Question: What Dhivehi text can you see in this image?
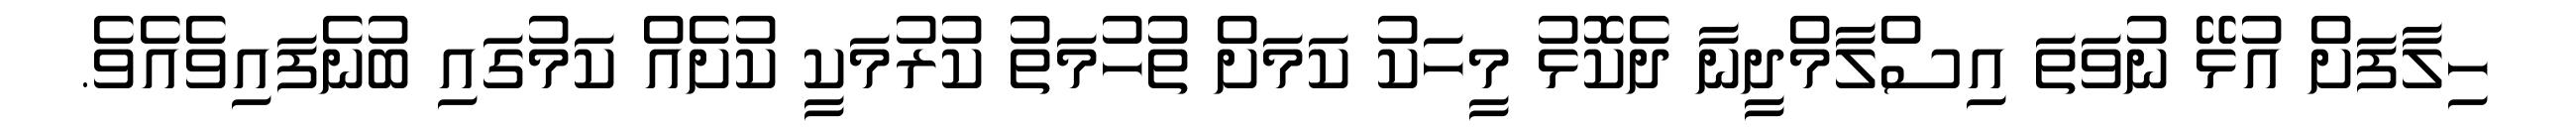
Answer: ހިލާފަށް އުޅޭ ނުވަތަ އިސްލާމްދީނާ ދެކޮޅު މީހަކު ކަމަށް ތުހުމަތު ކުރުމަކީ ކުށެއް ކަމުގައި ބުނެފައިވެއެވެ.